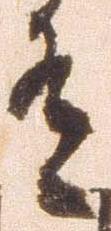
有